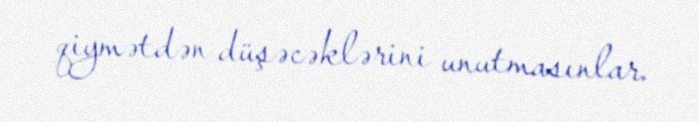
qiymətdən düşəcəklərini unutmasınlar.